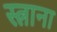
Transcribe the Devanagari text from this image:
स्त्राना